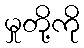
မှုတို့ကို